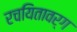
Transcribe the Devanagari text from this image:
रचयितावर्ग